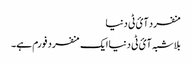
منفرد آئ ٹی دنیا
بلاشبہ آئ ٹی دنیا ایک منفرد فورم ہے۔